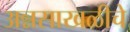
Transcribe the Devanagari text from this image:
अन्नसाखळीचे